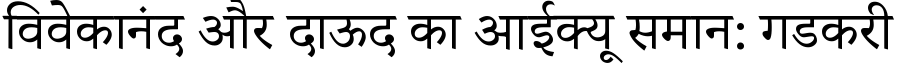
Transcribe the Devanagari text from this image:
विवेकानंद और दाऊद का आईक्यू समान: गडकरी